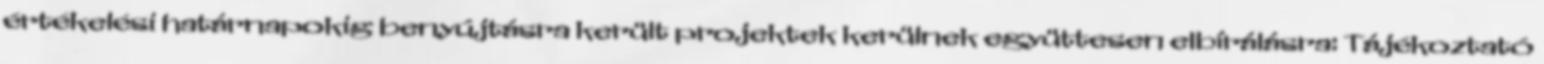
értékelési határnapokig benyújtásra került projektek kerülnek együttesen elbírálásra: Tájékoztató